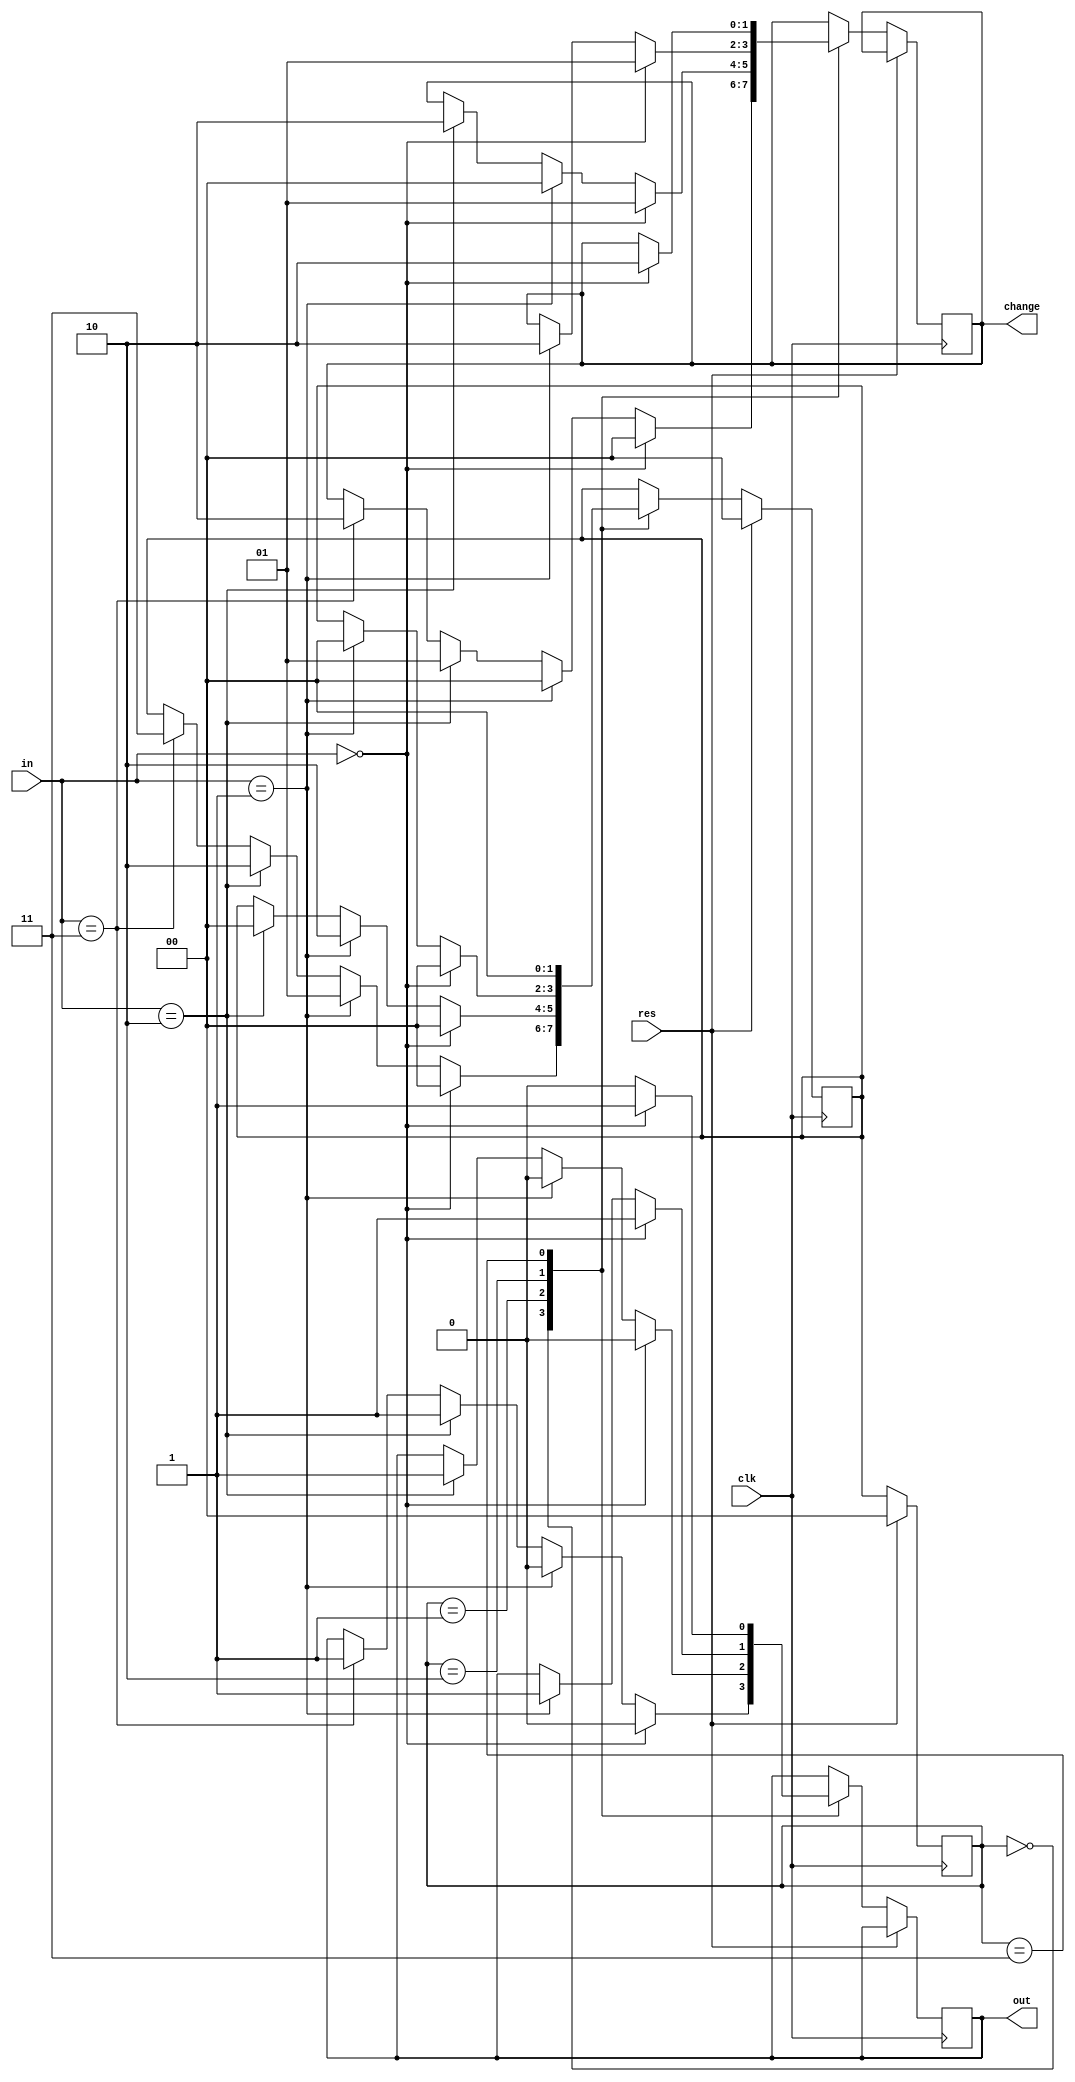
module vend (in,clk,out,res,change);
input [1:0]in; //01=10tk,10=50tk,11=60tk
input clk;
input res;
output reg  out;
output reg [1:0] change; // 01= 10tk , 10= 20tk


parameter s0=2'b00,s1=2'b01,s2=2'b10,s3=2'b11;  // s0=reset or ideal,s1=10tk st,s2=50tk st,s3=60tk st

reg [1:0]ps,ns;

always @ (posedge clk)
begin

if (res ==1)
begin
ps <=0;
ns <= 0;
end
else
begin
ps<=ns;
case (ps)

s0: if (in == 2'b00)
begin
ns<=s0;
out <=0;
change<=2'b00;
end
else if (in == 2'b01)
begin
ns<=s1;
out <=0;
change <=2'b00;
end
else if (in == 2'b10)
begin
ns<=s2;
out <=1;
change<=2'b01;
end
else
begin 
if (in == 2'b11)
begin
ns<=s3;
out <=1;
change <=2'b10;
end
end


s1: if (in == 2'b00)
begin
ns<=s0;
out <=0;
change<=2'b01;
end
else if (in == 2'b01)
begin
ns<=s2;
out <=0;
change <=2'b00;
end
else 
begin
if (in == 2'b10)
begin
ns<=s0;
out <=1;
change<=2'b10;
end
end


s2: if (in == 2'b00)
begin
ns<=s0;
out <=1;
change<=2'b01;
end
else 
begin
if (in == 2'b01)
begin
ns<=s0;
out <=1;
change <=2'b10;
end
end

s3: if (in == 2'b00)
begin
ns<=s0;
out <=1;
change<=2'b10;
end
else 
begin
ns<=s0;
out <=0;
end
default : 
begin
ns<=s0;
out<=0;
change <=2'b00;
end
endcase
end
end

endmodule